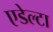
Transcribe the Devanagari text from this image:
एडेल्टा